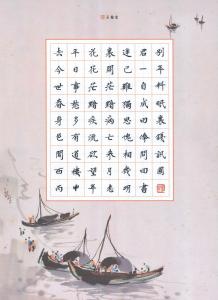
世事茫茫难自料，春愁黯黯独成眠。